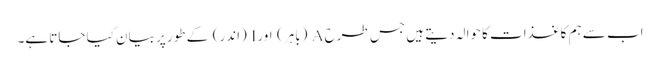
اب سے ہم کاغذات کا حوالہ دیتے ہیں جس طرح A (باہر) اور I (اندر) کے طور پر بیان کیا جاتا ہے۔